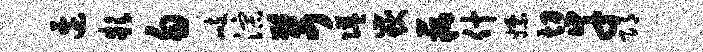
边款勿峙淙苛隘岳藕什嫖切幸邛